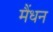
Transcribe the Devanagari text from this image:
मैंधन